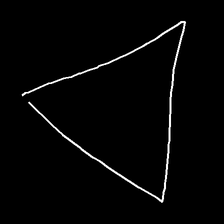
Glyph: convergence